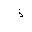
Letter: _thal